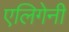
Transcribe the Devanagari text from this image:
एलिगेनी